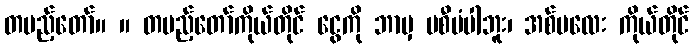
တပည့်တော်။ ။ တပည့်တော်ကိုယ်တိုင် ငွေကို ဘာမှ မစီမံပါဘူး၊ အစ်မလေး ကိုယ်တိုင်